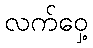
လက်ဝှေ့